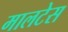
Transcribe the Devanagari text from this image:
मालटेस